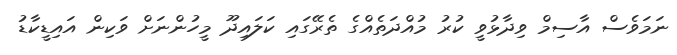
ނަމަވެސް އާސިމް ވިދާޅުވީ ކުރު މުއްދަތެއްގެ ތެރޭގައި ކަލައިދޫ މީހުންނަށް ވަކިން އައިޑީކާޑު